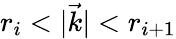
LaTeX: r_{i}<|\vec{k}|<r_{i+1}